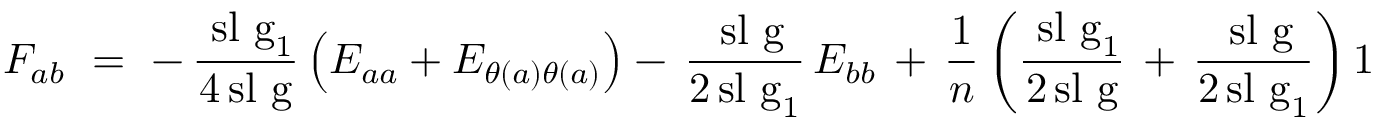
F _ { a b } ~ = ~ - \, { \frac { \mathrm { \ s l ~ g } _ { 1 } } { 4 \! \mathrm { \ s l ~ g } } } \left( E _ { a a } + E _ { \theta ( a ) \theta ( a ) } \right) - \, { \frac { \mathrm { \ s l ~ g } } { 2 \! \mathrm { \ s l ~ g } _ { 1 } } } \, E _ { b b } \, + \, { \frac { 1 } { n } } \left( { \frac { \mathrm { \ s l ~ g } _ { 1 } } { 2 \! \mathrm { \ s l ~ g } } } \, + \, { \frac { \mathrm { \ s l ~ g } } { 2 \! \mathrm { \ s l ~ g } _ { 1 } } } \right) 1